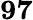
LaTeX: \mathbf{97}